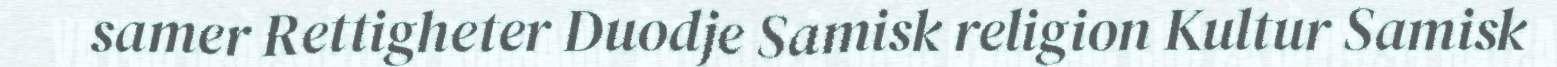
samer Rettigheter Duodje Samisk religion Kultur Samisk